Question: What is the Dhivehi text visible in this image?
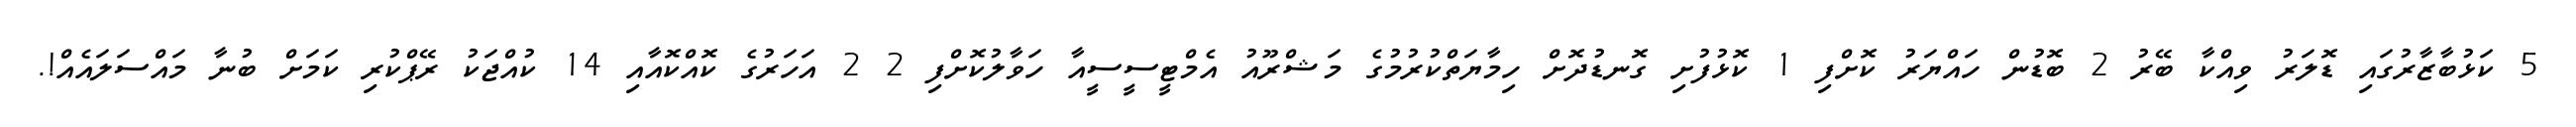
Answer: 5 ކަޅުބާޒާރުގައި ޑޮލަރު ވިއްކާ ބޭރު 2 ބޮޑުން ހައްޔަރު ކޮށްފި 1 ކޮޅުފުށި ގޮނޑުދޮށް ހިމާޔަތްކުރުމުގެ މަޝްރޫއު އެމްޓީސީސީއާ ހަވާލުކޮށްފި 2 2 އަހަރުގެ ކޮއްކޮއާއި 14 ކުއްޖަކު ރޭޕްކުރި ކަމަށް ބުނާ މައްސަލައެއް!.